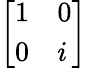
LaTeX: \left[\begin{array}{ll}{1}&{0}\\ {0}&{i}\end{array}\right]